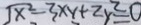
\sqrt { x ^ { 2 } } - 3 x y + 2 y ^ { 2 } = 0